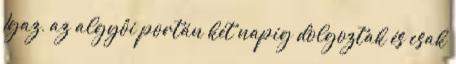
Igaz, az algyôi portán két napig dolgoztak és csak